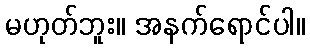
မဟုတ်ဘူး။ အနက်ရောင်ပါ။